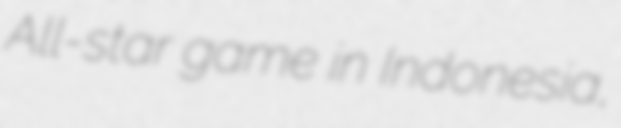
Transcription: All-star game in Indonesia,